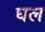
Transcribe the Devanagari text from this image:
घल